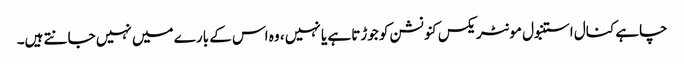
چاہے کنال استنبول مونٹریکس کنونشن کو جوڑتا ہے یا نہیں ، وہ اس کے بارے میں نہیں جانتے ہیں۔